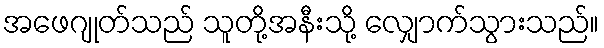
အဖေဂျုတ်သည် သူတို့အနီးသို့ လျှောက်သွားသည်။